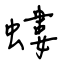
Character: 螻